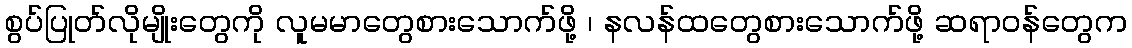
စွပ်ပြုတ်လိုမျိုးတွေကို လူမမာတွေစားသောက်ဖို့ ၊ နလန်ထတွေစားသောက်ဖို့ ဆရာဝန်တွေက